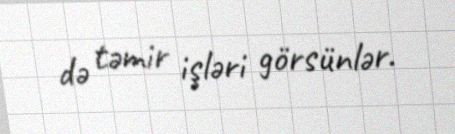
də təmir işləri görsünlər.